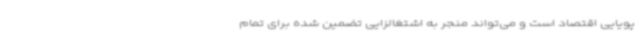
پویایی اقتصاد است و می‌تواند منجر به اشتغالزایی تضمین شده برای تمام